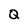
Character: Q